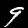
Label: 9